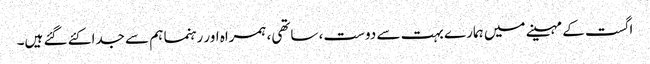
اگست کے مہینے میں ہمارے بہت سے دوست، ساتھی، ہمراہ اور رہنما ہم سے جدا کئے گئے ہیں۔